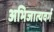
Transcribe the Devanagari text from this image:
अभिजात्यवर्ग